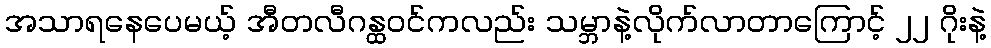
အသာရနေပေမယ့် အီတလီဂန္ထဝင်ကလည်း သမ္ဘာနဲ့လိုက်လာတာကြောင့် ၂၂ ဂိုးနဲ့